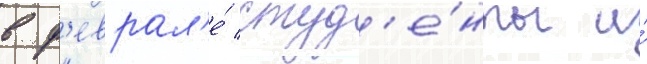
в ф'еврал'е́ студ'е́нты и́